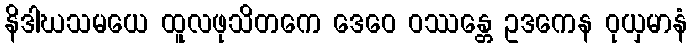
နိဒါဃသမယေ ထူလဖုသိတကေ ဒေဝေ ဝဿန္တေ ဥဒကေန ဝုယှမာနံ